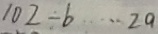
1 0 7 \div b \cdots 2 a